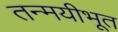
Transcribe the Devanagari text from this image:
तन्मयीभूत